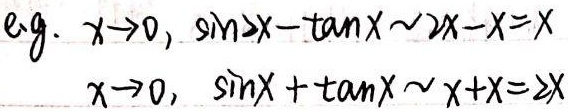
e.g. 当\(x\to0\)时，\(\sin 2x - \tan x\sim2x - x=x\)；当\(x\to0\)时，\(\sin x+\tan x\sim x + x = 2x\)